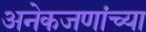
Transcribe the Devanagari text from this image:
अनेकजणांच्या